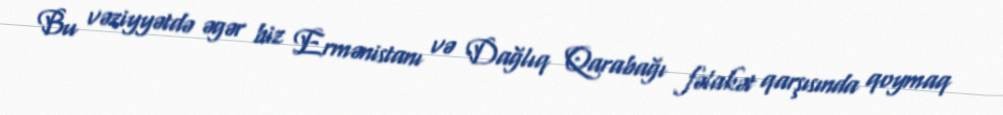
Bu vəziyyətdə əgər biz Ermənistanı və Dağlıq Qarabağı fəlakət qarşısında qoymaq